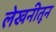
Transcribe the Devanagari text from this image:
लेखनीतून